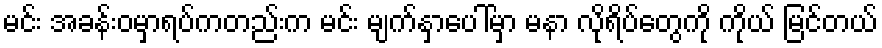
မင်း အခန်းဝမှာရပ်ကတည်းက မင်း မျက်နှာပေါ်မှာ မနာ လိုရိပ်တွေကို ကိုယ် မြင်တယ်